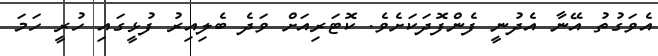
އެވަގުތު އޭނާ އެދުނީ ފެންފޮދަކަށެވެ. ކޮޓަރިއަށް ވަދެ ބެލިއިރު ފުޅީގައި ހުރީ ހަމަ